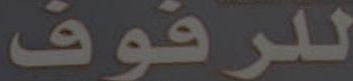
للرفوف